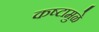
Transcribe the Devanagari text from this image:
कष्टामुळे